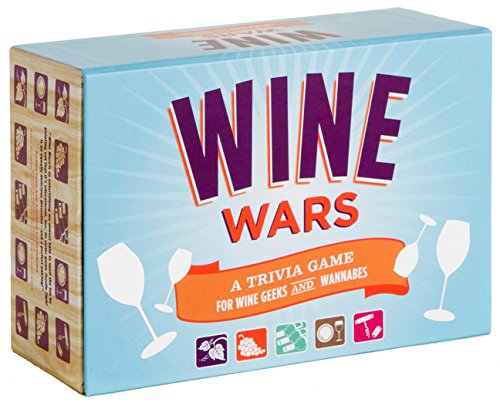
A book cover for Wine Wars: A Trivia Game for Wine Geeks and Wannabes; Joyce Lock; Humor & Entertainment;